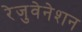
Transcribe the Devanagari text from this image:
रेजुवेनेशन